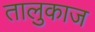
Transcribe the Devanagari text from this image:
तालुकाज